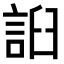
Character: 𧧖